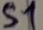
Text: S1